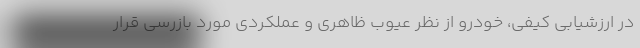
در ارزشیابی کیفی، خودرو از نظر عیوب ظاهری و عملکردی مورد بازرسی قرار